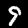
Digit: 9